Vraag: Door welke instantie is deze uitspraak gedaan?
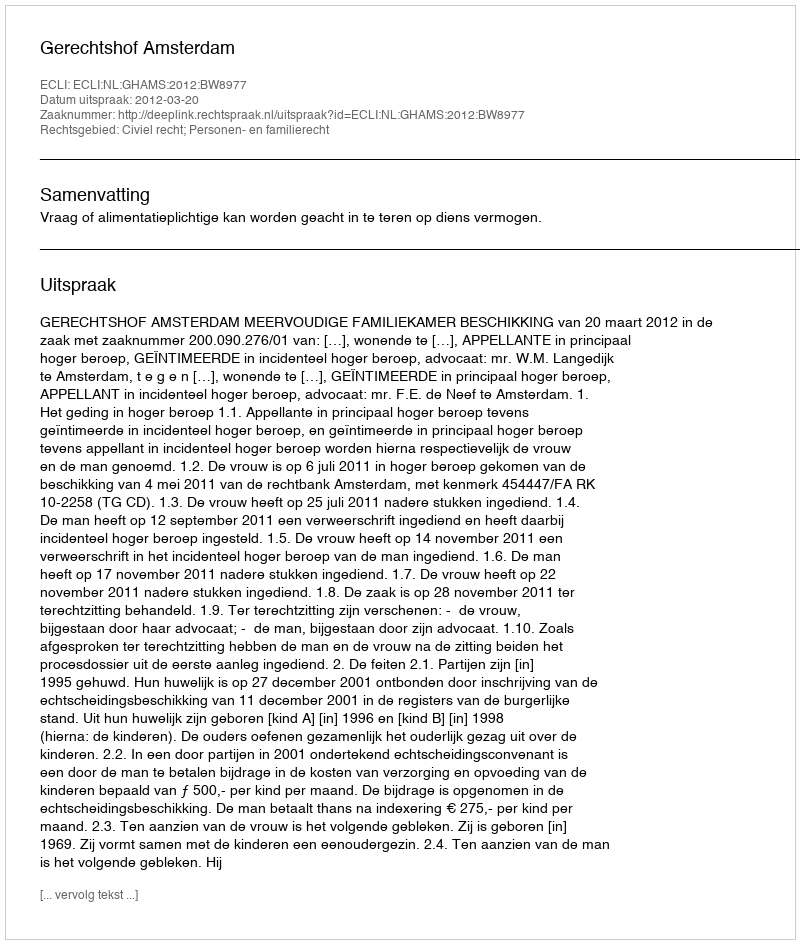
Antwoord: Gerechtshof Amsterdam